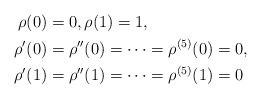
LaTeX: \begin{align*}\rho(0) &= 0,\rho(1)=1, \\\rho'(0) &= \rho''(0) = \cdots = \rho^{(5)}(0) = 0, \\\rho'(1) &= \rho''(1) = \cdots = \rho^{(5)}(1) = 0\end{align*}